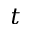
t